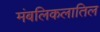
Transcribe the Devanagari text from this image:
मंबलिकलातिल